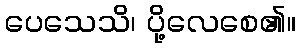
ပေသေသိ၊ ပို့လေစေ၏။